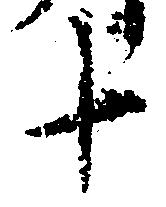
十